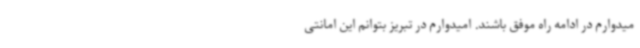
میدوارم در ادامه راه موفق باشند. امیدوارم در تبریز بتوانم این امانتی